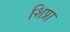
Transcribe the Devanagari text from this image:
शिप्रा